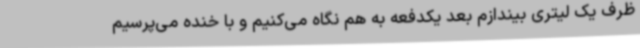
ظرف یک لیتری بیندازم بعد یکدفعه به هم نگاه می‌کنیم و با خنده می‌پرسیم